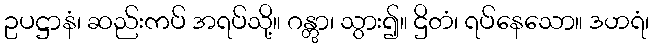
ဥပဋ္ဌာနံ၊ ဆည်းကပ် အရပ်သို့။ ဂန္တွာ၊ သွား၍။ ဌိတံ၊ ရပ်နေသော။ ဒဟရံ၊